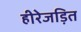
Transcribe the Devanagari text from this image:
हीरेजड़ित